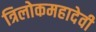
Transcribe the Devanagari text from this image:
त्रिलोकमहादेवी